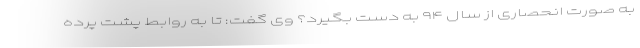
به صورت انحصاری از سال ۹۴ به دست بگیرد؟ وی گفت: تا به روابط پشت پرده